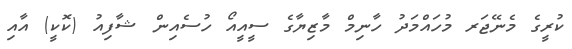
ކުރީގެ މެނޭޖަރ މުހައްމަދު ހާނިމް މާޒިޔާގެ ސީއީއޯ ހުސެއިން ޝާފިއު (ކޮކީ) އާއި